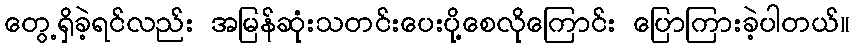
တွေ့ရှိခဲ့ရင်လည်း အမြန်ဆုံးသတင်းပေးပို့စေလိုကြောင်း ပြောကြားခဲ့ပါတယ်။